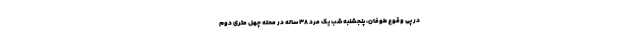
در پی وقوع طوفان، پنجشنبه شب یک مرد ۳۸ ساله در محله چهل متری دوم